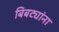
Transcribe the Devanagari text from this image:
बिबट्यांना